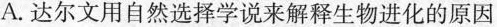
A.达尔文用自然选择学说来解释生物进化的原因